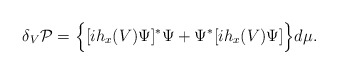
\begin{align*}\delta_V{\cal P}=\Big\{[ih_x(V)\Psi]^*\Psi +\Psi^*[ih_x(V)\Psi]\Big\}d\mu.\end{align*}